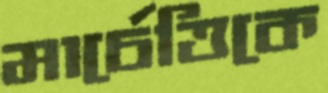
মার্চেত্তিকে